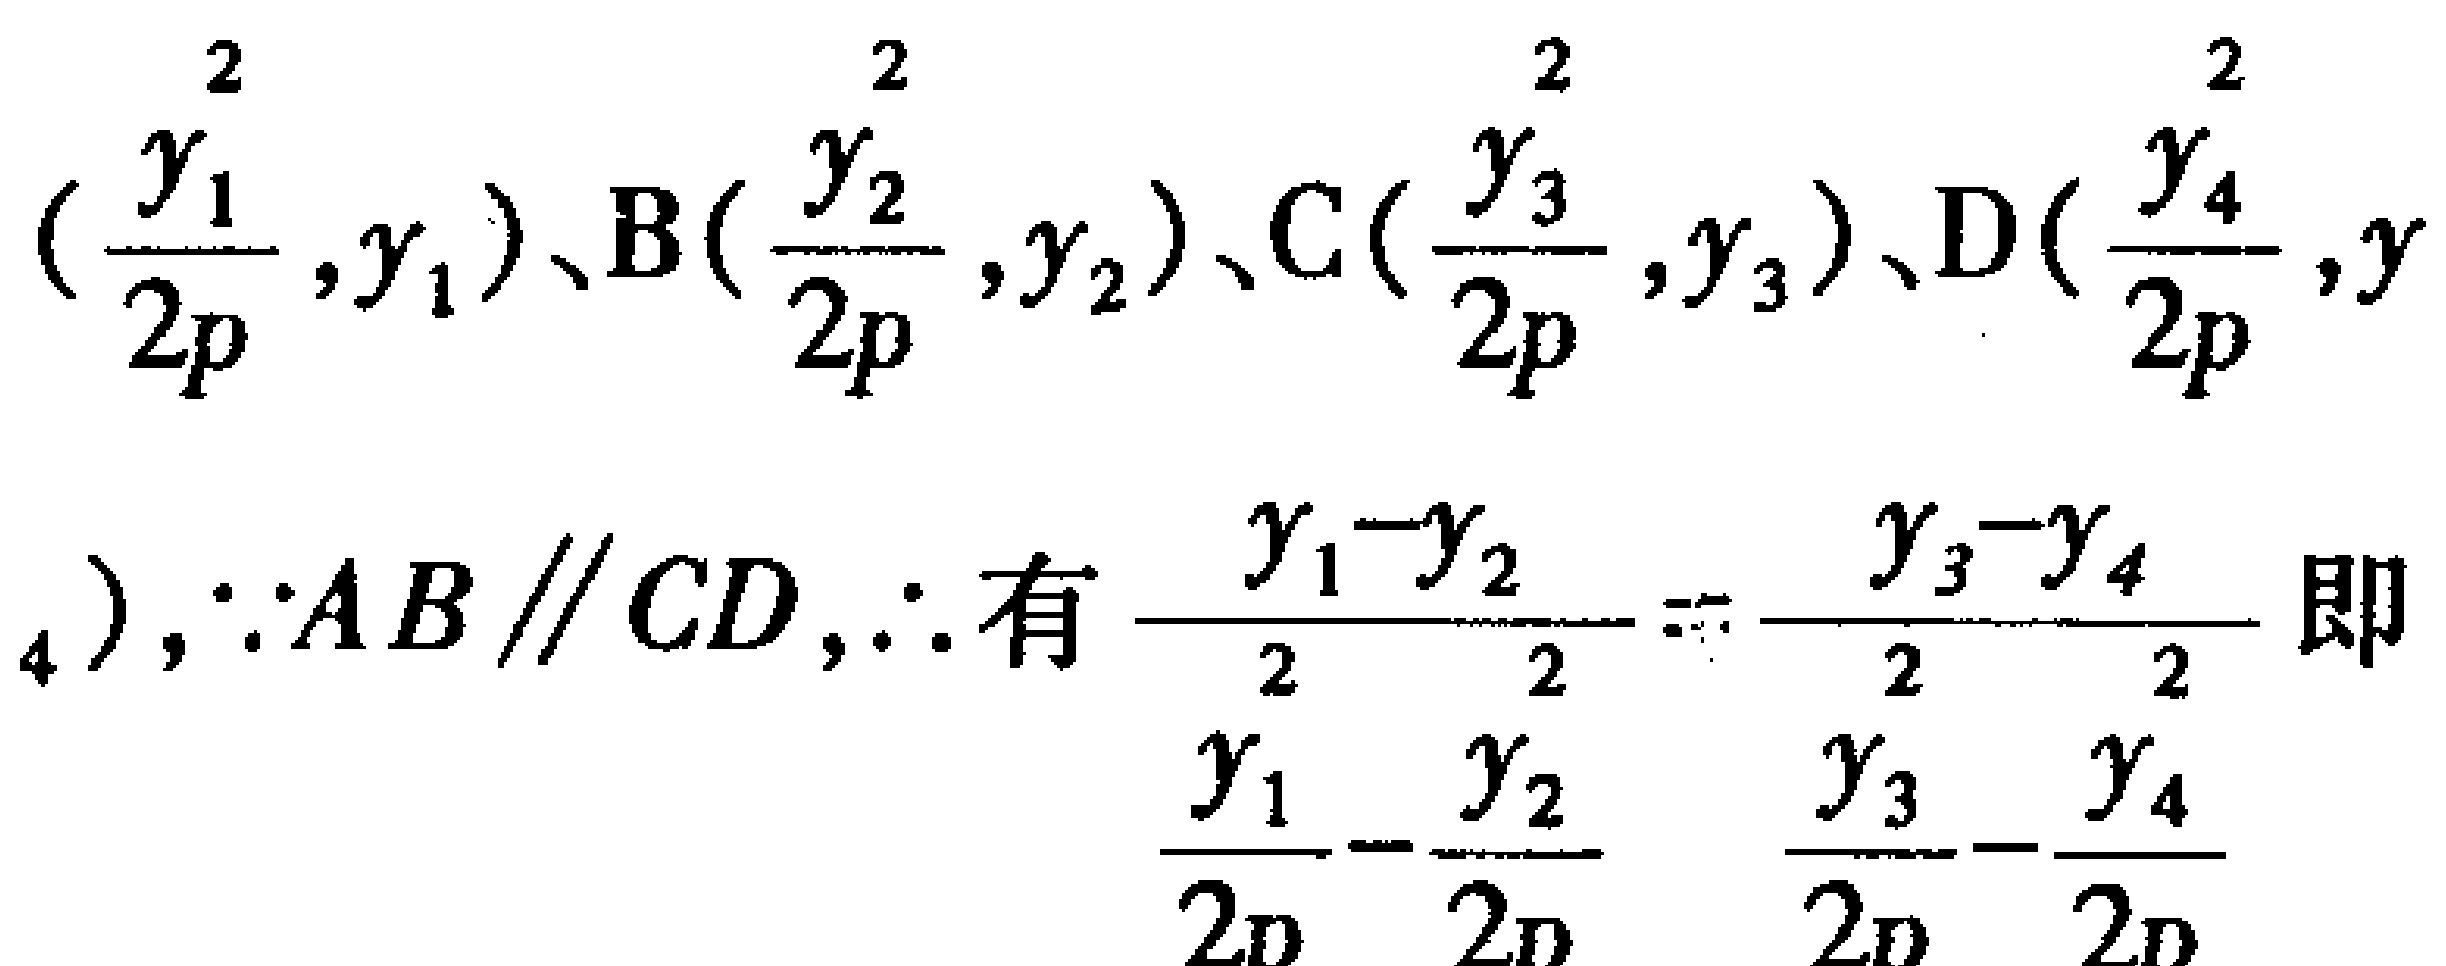
$(\frac{y_{1}^{2}}{2p},y_{1})、\mathrm{B}(\frac{y_{2}^{2}}{2p},y_{2})、\mathrm{C}(\frac{y_{3}^{2}}{2p},y_{3})、\mathrm{D}(\frac{y_{4}^{2}}{2p},y_{4})$，$\because AB\parallel CD$，$\therefore$ 有$\frac{y_{1}-y_{2}}{\frac{y_{1}^{2}}{2p}-\frac{y_{2}^{2}}{2p}}=\frac{y_{3}-y_{4}}{\frac{y_{3}^{2}}{2p}-\frac{y_{4}^{2}}{2p}}$即